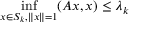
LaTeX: \operatorname* { i n f } _ { x \in S _ { k } , \| x \| = 1 } ( A x , x ) \leq \lambda _ { k }